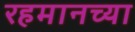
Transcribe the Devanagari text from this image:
रहमानच्या